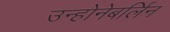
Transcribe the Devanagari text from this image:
उन्होनेबर्लिन